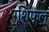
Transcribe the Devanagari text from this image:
रशिफल्